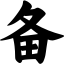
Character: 备